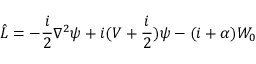
\hat { L } = - \frac { i } { 2 } \nabla ^ { 2 } \psi + i ( V + \frac { i } { 2 } ) \psi - ( i + \alpha ) W _ { 0 }